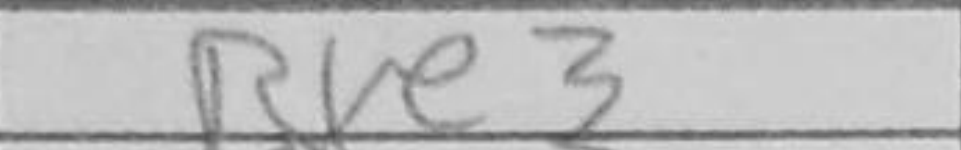
Transcription: Bxe3